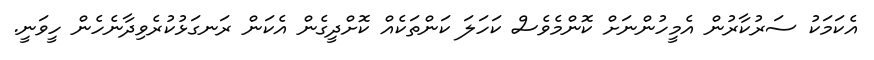
އެކަމަކު ސަރުކާރުން އެމީހުންނަށް ކޮންމެވެސް ކަހަލަ ކަންތަކެއް ކޮށްދީގެން އެކަން ރަނގަޅުކުރެވިދާނެހެން ހީވަނީ.